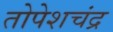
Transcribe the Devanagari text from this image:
तोपेशचंद्र